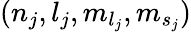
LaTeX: ({n}_{j},{l}_{j},{m}_{{l}_{j}},{m}_{{s}_{j}})